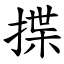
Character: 揲